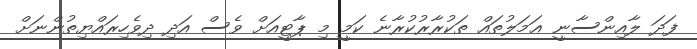
ފަދަ ލާއިންސާނީ ޢަމަލުތައް ތަކުރާރުކުރާނެ ކަމީ މި ޕާޓީއަށް ވެސް އަދި ދިވެހިރައްޔިތުންނަށް